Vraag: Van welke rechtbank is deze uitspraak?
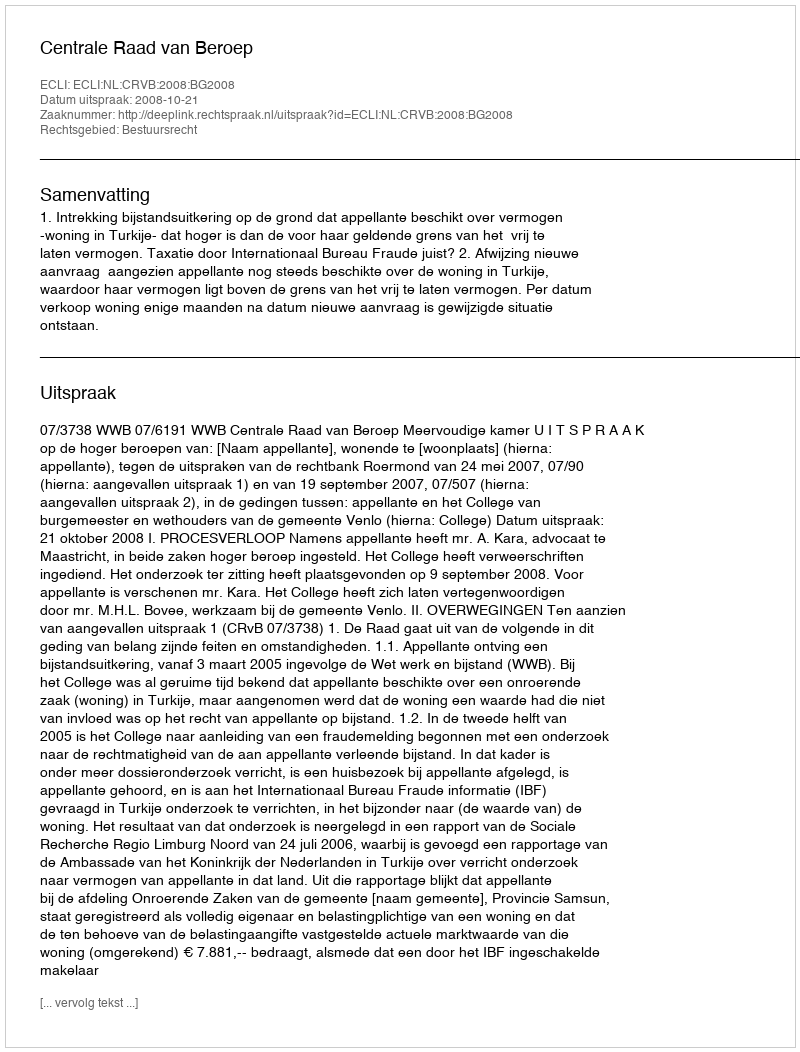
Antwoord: Centrale Raad van Beroep